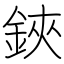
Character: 鋏